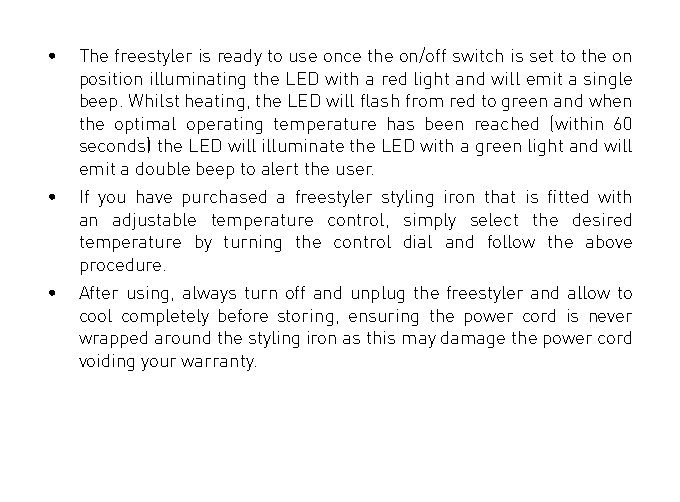
• The freestyler is ready to use once the on/off switch is set to the on
 position illuminating the LED with a red light and will emit a single
 beep. Whilst heating, the LED will flash from red to green and when
 the optimal operating temperature has been reached (within 60
 seconds) the LED will illuminate the LED with a green light and will
 emit a double beep to alert the user.
 • If you have purchased a freestyler styling iron that is fitted with
 an adjustable temperature control, simply select the desired
 temperature by turning the control dial and follow the above
 procedure.
 • After using, always turn off and unplug the freestyler and allow to
 cool completely before storing, ensuring the power cord is never
 wrapped around the styling iron as this may damage the power cord
 voiding your warranty.